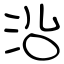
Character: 沿